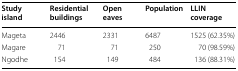
| Study island | Residential buildings | Open eaves | Population | LLIN coverage |
 | --- | --- | --- | --- | --- |
 | Mageta | 2446 | 2331 | 6487 | 1525 (62.35%) |
 | Magare | 71 | 71 | 250 | 70 (98.59%) |
 | Ngodhe | 154 | 149 | 484 | 136 (88.31%) |